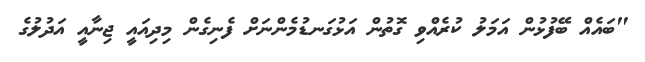
"ބައެއް ބޭފުޅުން އަމަލު ކުރެއްވި ގޮތުން އަޅުގަނޑުމެންނަށް ފެނިގެން މިދިއައީ ޖިނާއީ އަދުލުގެ